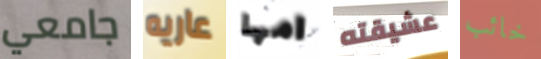
جامعي عاريه امها عشيقته خائب